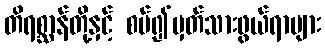
တိရစ္ဆာန်တို့နှင့် စပ်၍မှတ်သားဖွယ်ရာများ